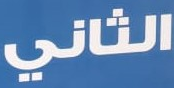
الثاني